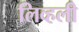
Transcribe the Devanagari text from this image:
लिव्हली